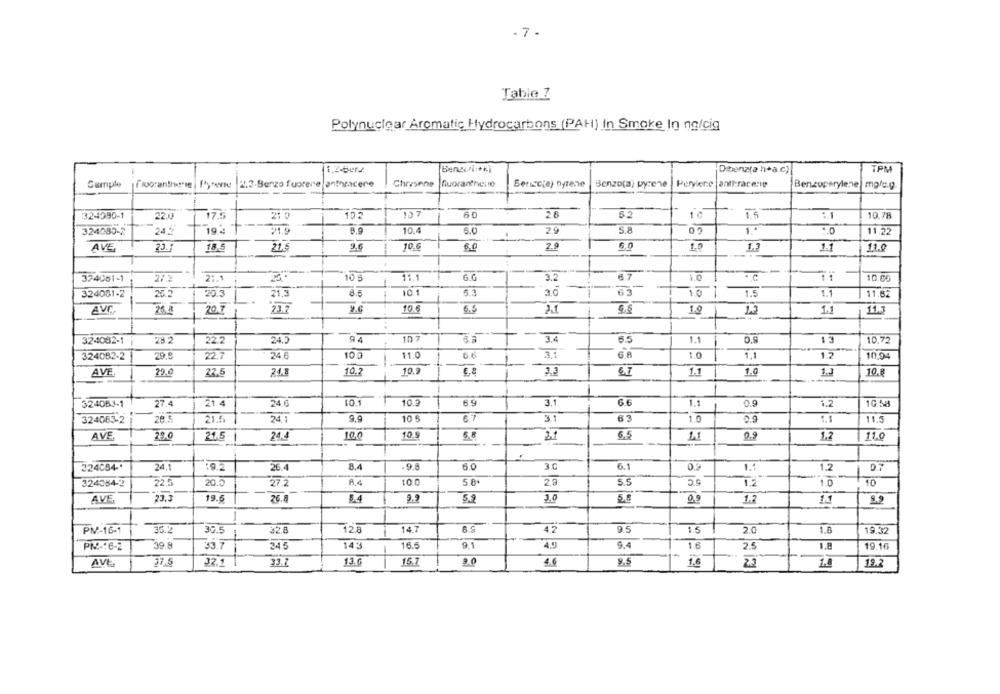
- 7 -
Table 7
Polynuclear Aromatic Hydrocarbons (PAH) In Smoke In no/cig
Benzultki
Dibenz(a hea.c)
TPM
Cumple
2.3-Benzo fuorere anthracere
Chrasene
Buorantiver io
Seniccia) nyrene
Benzo(a) pyrene | Perylene anti-racene
Bensuperylene mg/c.g.
60
28
5.2
10
1.5
10.78
3241990-1
22.0
17.5
21
102
10.4
5.0
2.9
324080-2
24.2
192
B.9
1.ª
1.0
11.22
AVE.
18.5
21.6
9.6
10.6
6.0
2.9
6.0
1.3
1.1
11.0
374081-1
10 5
11.1
G.G
3.2
11
10,85
2 :. 1
8.6
10.1
3.0
63
1
324081-2
26.2
20.3
10
1.5
1.1
11.62
21.3
AVI
26.
20.7
23.7
9.6
10.6
6.5
1.0
15
11.3
324082-1
28 2
24.0
94
10 7
3.4
6.5
0.9
13
10.72
22.2
24.6
11.0
10.94
324082-2
29.8
22.7
100
3.1
1.0
1.7
AVE
29.0
22.5
24.8
10.2
10.9
3.3
6,7
1.0
10.8
-
21 4
24.0
10.1
10.9
6.9
3.1
6.6
10.58
324063-1
27.4
63
324063-2
28.5
21.5
24 1
10 5
BT
3.1
1.0
1.1
11.5
AVE.
29.0
21.5
24.4
10.0
10.5
5.5
6.5
1.1
0.9
11.0
1,2
6.0
30
324CB4 -*
24,1
26.4
8.4
-9.8
6.1
0.2
1.1
1.2
0.7
324034-2
22.5
20.0
27.2
A 4
10.0
5.8.
5.5
1.2
1.0
AVE
23.3
19.5
26.8
5.4
2.
5.9
3.0
1.2
9.5
PM-16-1
33.2
30.5
32.8
128
14.7
42
1.5
2.0
1.8
19.32
PM -: 6-2
39.8
33.7
345
143
16.5
9.1
9.4
1.6
2.5
1.8
19.16
32.1
33.7
13.0
15.7
9.0
4.
9.5
AVE
37.5
22
12.2